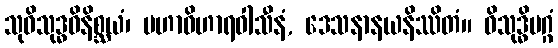
သုဝိသုဒ္ဓဝိနိစ္ဆယံ၊ မဟာဝိဟာရဝါသီနံ, ဒေသနာနယနိဿိတံ။ ဝိသုဒ္ဓိမဂ္ဂံ